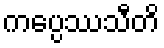
ကပ္ပေဿသီတိ